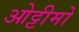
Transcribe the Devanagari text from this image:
ओट्टीमो